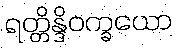
ရတ္တိန္ဒိဝက္ခယော